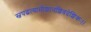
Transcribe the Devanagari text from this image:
स्वपद्धत्यामीशानशिवदेशिकः।।